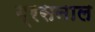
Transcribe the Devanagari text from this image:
ग्रसनाल